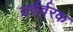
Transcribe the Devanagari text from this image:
उर्वर्वरक